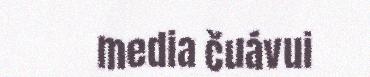
media čuávui